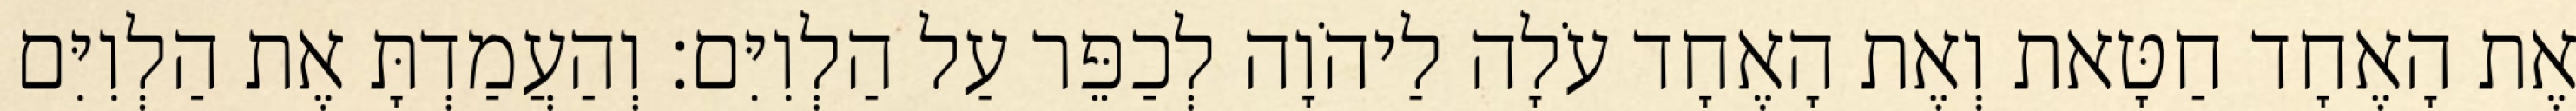
אֶת הָאֶחָד חַטָּאת וְאֶת הָאֶחָד עֹלָה לַיהֹוָה לְכַפֵּר עַל הַלְוִיִּם׃ וְהַעֲמַדְתָּ אֶת הַלְוִיִּם